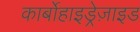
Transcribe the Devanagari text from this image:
कार्बोहाइड्रेज़ाइड